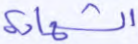
الشهادة